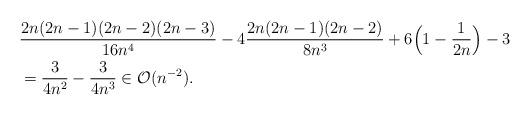
LaTeX: \begin{align*} & \frac{2n(2n-1)(2n-2)(2n-3)}{16n^4} - 4 \frac{2n(2n-1)(2n-2)}{8n^3} + 6 \Big(1 - \frac{1}{2n}\Big) - 3 \\ & = \frac{3}{4n^2} - \frac{3}{4n^3} \in \mathcal{O}(n^{-2}). \end{align*}